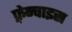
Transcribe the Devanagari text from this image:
फ़्रेन्चाइस